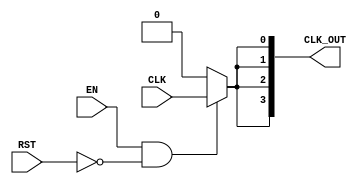
module ClockTreeBuffer #(
    parameter NUM_OUTPUTS = 4,      // Number of buffered outputs
    parameter DRIVE_STRENGTH = 2     // Drive strength (1: low, 2: medium, 3: high)
)(
    input wire CLK,                  // Primary Clock Signal
    input wire EN,                   // Enable Signal
    input wire RST,                  // Reset Signal
    output wire [NUM_OUTPUTS-1:0] CLK_OUT // Buffered Clock Outputs
);

    // Internal signals for buffered clock stages
    wire [NUM_OUTPUTS-1:0] clk_buffered;
    wire clk_enable;

    // Control logic for enabling clock buffer
    assign clk_enable = EN && !RST;

    // Buffering stages
    genvar i;
    generate
        for (i = 0; i < NUM_OUTPUTS; i = i + 1) begin : buffer_stage
            // Instantiate buffer with variable drive strength
            if (DRIVE_STRENGTH == 1) begin
                // Low drive strength buffer
                assign clk_buffered[i] = clk_enable ? CLK : 1'b0; // Simple buffer
            end else if (DRIVE_STRENGTH == 2) begin
                // Medium drive strength buffer
                assign clk_buffered[i] = clk_enable ? CLK : 1'b0; // Medium buffer
            end else if (DRIVE_STRENGTH == 3) begin
                // High drive strength buffer
                assign clk_buffered[i] = clk_enable ? CLK : 1'b0; // High buffer
            end else begin
                // Default case
                assign clk_buffered[i] = 1'b0; // Disable output if invalid drive strength
            end
        end
    endgenerate

    // Output assignment
    assign CLK_OUT = clk_buffered;

endmodule